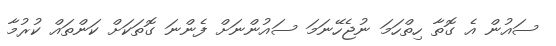
ސައުން އެ ގޮތާ ހިތްހަމަ ނުޖެހޭނަމަ ސައުންނަށް ފެންނަ ގޮތަކަށް ކަންތައް ކުރުމާ